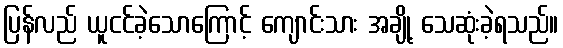
ပြန်လည် ယူငင်ခဲ့သောကြောင့် ကျောင်းသား အချို့ သေဆုံးခဲ့ရသည်။